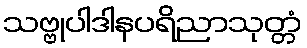
သဗ္ဗုပါဒါနပရိညာသုတ္တံ